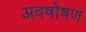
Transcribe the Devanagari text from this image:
अवषोषण